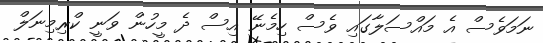
ނަމަވެސް އެ މައްސަލާގައި ވެސް ހިމެނޭ އިސް ދެ މީހުން ވަނީ ކްރިމިނަލް